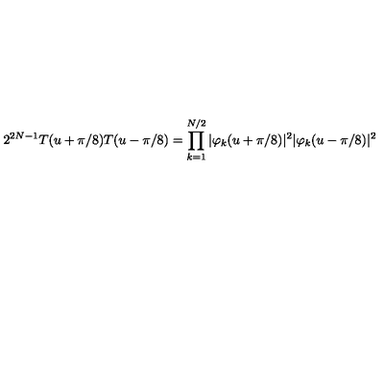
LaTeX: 2 ^ { 2 N - 1 } T ( u + \pi / 8 ) T ( u - \pi / 8 ) = \prod _ { k = 1 } ^ { N / 2 } | \varphi _ { k } ( u + \pi / 8 ) | ^ { 2 } | \varphi _ { k } ( u - \pi / 8 ) | ^ { 2 }